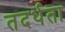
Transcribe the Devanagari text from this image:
तदर्थता